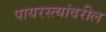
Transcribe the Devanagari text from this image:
पायरस्त्यांवरील